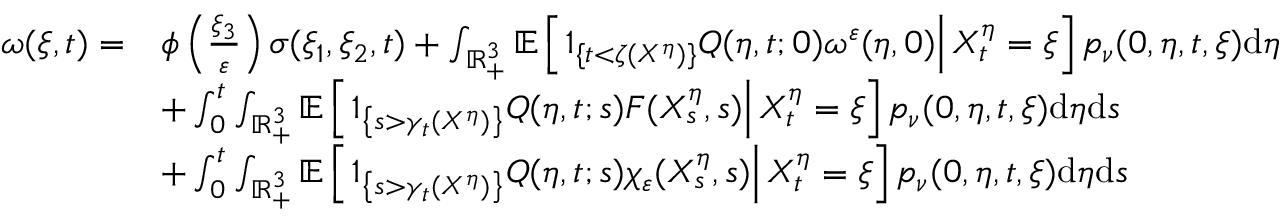
\begin{array} { r l } { \omega ( \xi , t ) = } & { \phi \left( \frac { \xi _ { 3 } } { \varepsilon } \right) \sigma ( \xi _ { 1 } , \xi _ { 2 } , t ) + \int _ { \mathbb { R } _ { + } ^ { 3 } } \mathbb { E } \left[ \left. 1 _ { \{ t < \zeta ( X ^ { \eta } ) \} } Q ( \eta , t ; 0 ) \omega ^ { \varepsilon } ( \eta , 0 ) \right| X _ { t } ^ { \eta } = \xi \right] p _ { \nu } ( 0 , \eta , t , \xi ) \mathrm { d } \eta } \\ & { + \int _ { 0 } ^ { t } \int _ { \mathbb { R } _ { + } ^ { 3 } } \mathbb { E } \left[ \left. 1 _ { \left\{ s > \gamma _ { t } ( X ^ { \eta } ) \right\} } Q ( \eta , t ; s ) F ( X _ { s } ^ { \eta } , s ) \right| X _ { t } ^ { \eta } = \xi \right] p _ { \nu } ( 0 , \eta , t , \xi ) \mathrm { d } \eta \mathrm { d } s } \\ & { + \int _ { 0 } ^ { t } \int _ { \mathbb { R } _ { + } ^ { 3 } } \mathbb { E } \left[ \left. 1 _ { \left\{ s > \gamma _ { t } ( X ^ { \eta } ) \right\} } Q ( \eta , t ; s ) \chi _ { \varepsilon } ( X _ { s } ^ { \eta } , s ) \right| X _ { t } ^ { \eta } = \xi \right] p _ { \nu } ( 0 , \eta , t , \xi ) \mathrm { d } \eta \mathrm { d } s } \end{array}